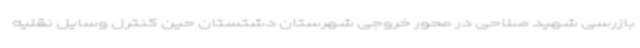
بازرسی شهید صلاحی در محور خروجی شهرستان دشتستان حین کنترل وسایل نقلیه